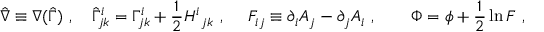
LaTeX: \hat { \nabla } \equiv \nabla ( \hat { \Gamma } ) \ , \ \ \ \hat { \Gamma } _ { j k } ^ { i } = \Gamma _ { j k } ^ { i } + { \frac { 1 } { 2 } } H _ { \ j k } ^ { i } \ , \ \ \ \ { \cal F } _ { i j } \equiv \partial _ { i } { \cal A } _ { j } - \partial _ { j } { \cal A } _ { i } \ , \ \ \ \ \ \ \Phi = \phi + { \frac { 1 } { 2 } } \ln F \ ,